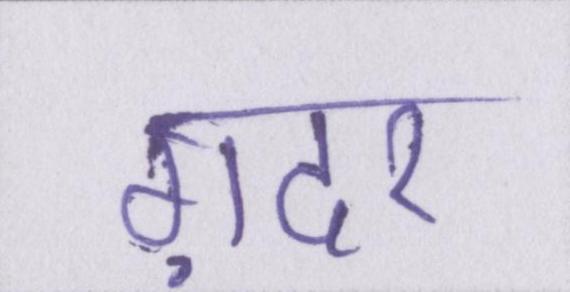
ग़दर